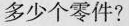
多少个零件?